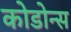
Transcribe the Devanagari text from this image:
कोडोन्स